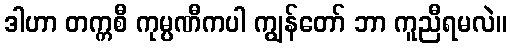
ဒါဟာ တက္ကစီ ကုမ္ပဏီကပါ ကျွန်တော် ဘာ ကူညီရမလဲ။